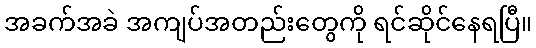
အခက်အခဲ အကျပ်အတည်းတွေကို ရင်ဆိုင်နေရပြီ။